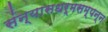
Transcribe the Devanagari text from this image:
संन्यासधर्मसम्पन्न